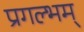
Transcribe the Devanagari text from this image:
प्रगल्भम्